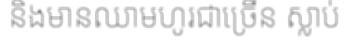
និងមានឈាមហូរជាច្រើន ស្លាប់